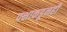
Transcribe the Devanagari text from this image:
पक्षाकडूनही